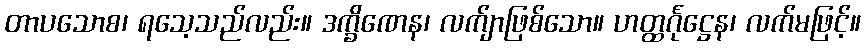
တာပသောစ၊ ရသေ့သည်လည်း။ ဒက္ခိဏေန၊ လက်ျာဖြစ်သော။ ဟတ္ထင်္ဂုဋ္ဌေန၊ လက်မဖြင့်။